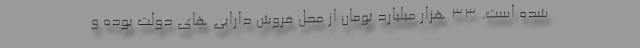
شده است. 33 هزار میلیارد تومان از محل فروش دارایی های دولت بوده و